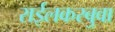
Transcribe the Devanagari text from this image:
राईलकरबुवा